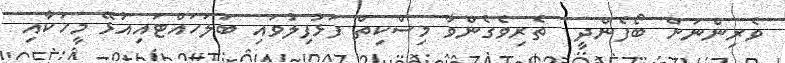
ވެރިންނަށް ބޯފެންދީ  ތެރިވެގެންވާ މިސްކިތް ފަޅުފިލުވައި ބަލަހައްޓައިއުޅޭ މީހަކާއި